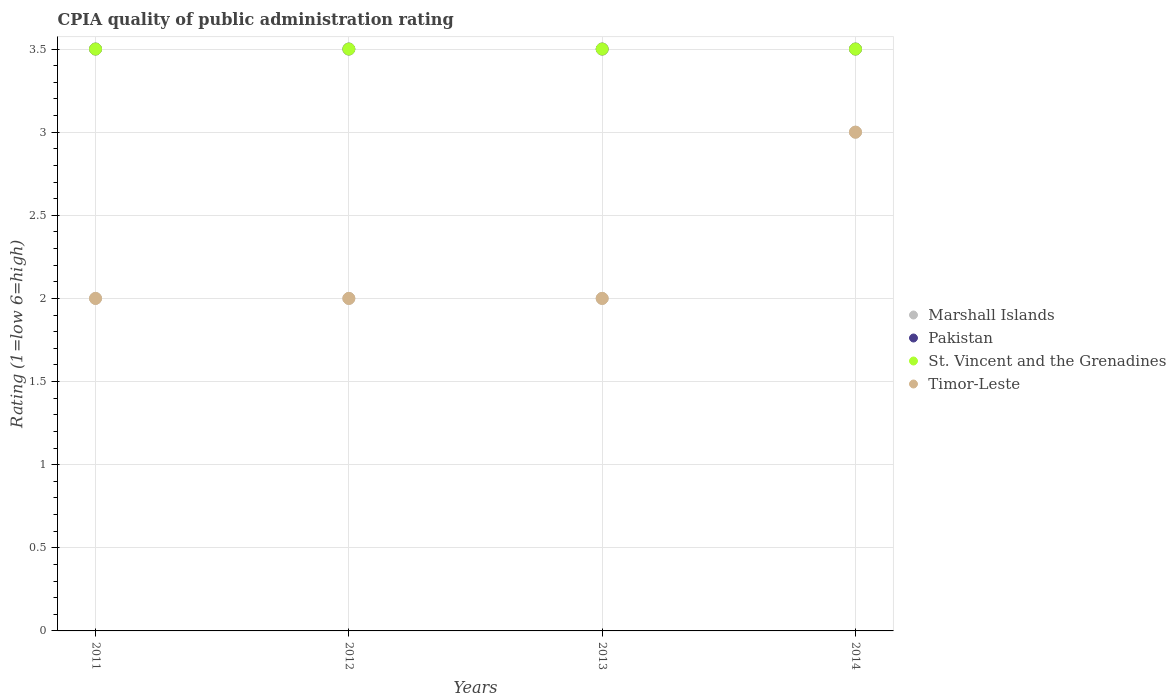
| Years | Marshall Islands | Pakistan | St. Vincent and the Grenadines | Timor-Leste |
 | --- | --- | --- | --- | --- |
 | 2011 | 2 | 3.5 | 3.5 | 2 |
 | 2012 | 2 | 3.5 | 3.5 | 2 |
 | 2013 | 2 | 3.5 | 3.5 | 2 |
 | 2014 | 3 | 3.5 | 3.5 | 3 |